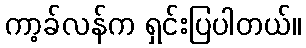
ကာ့ခ်လန်က ရှင်းပြပါတယ်။